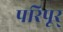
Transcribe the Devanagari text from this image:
परिपूर्